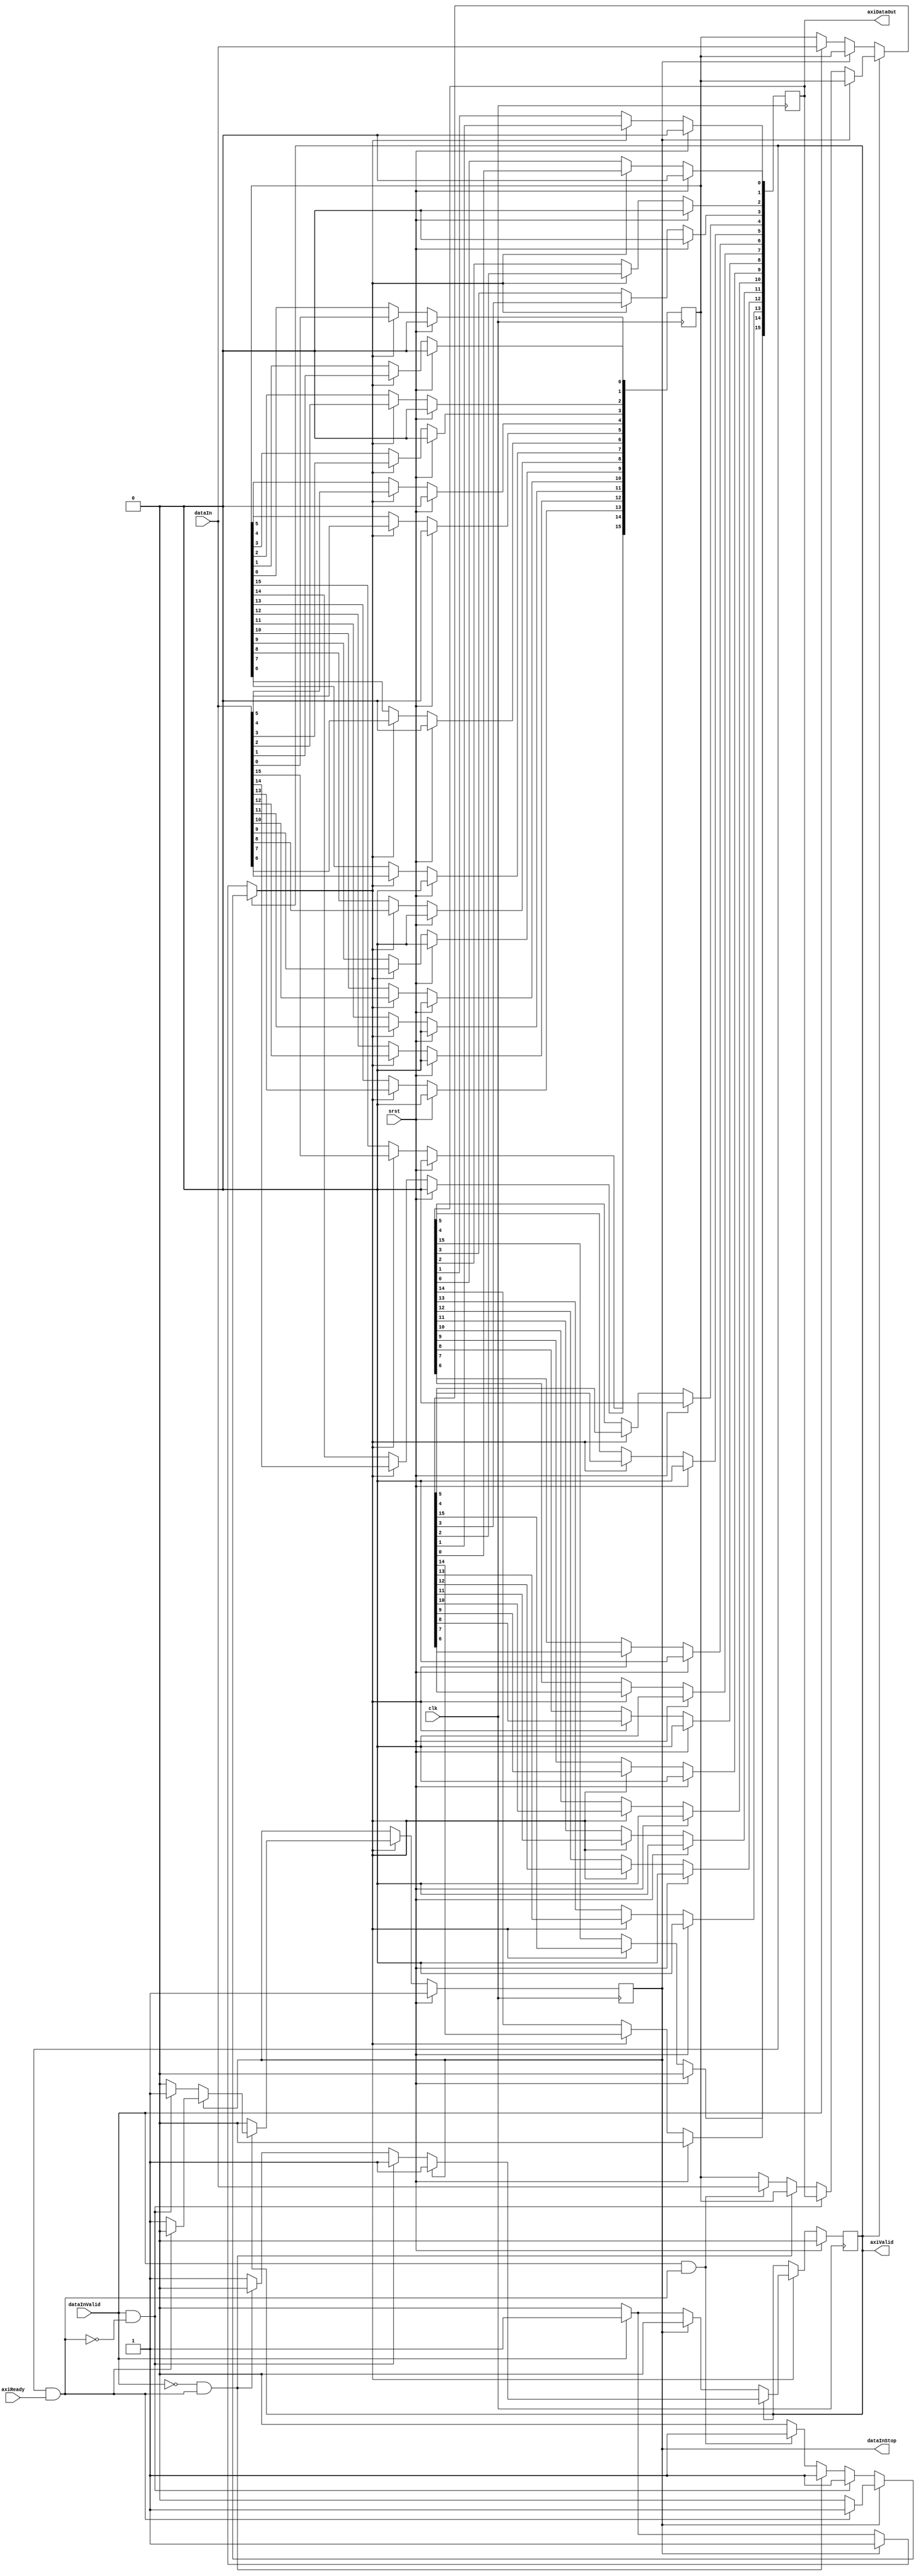
//
// Copyright 2017 ReconfigureIO
//
// Licensed under the Apache License, Version 2.0 (the "License");
// you may not use this file except in compliance with the License.
// You may obtain a copy of the License at
//
//     http://www.apache.org/licenses/LICENSE-2.0
//
// Unless required by applicable law or agreed to in writing, software
// distributed under the License is distributed on an "AS IS" BASIS,
// WITHOUT WARRANTIES OR CONDITIONS OF ANY KIND, either express or implied.
// See the License for the specific language governing permissions and
// limitations under the License.//
//

//
// Implementation of an AXI to SELF input buffer which conforms to the AXI
// requirements. Note that the AXI specification usually requires asynchronous
// resets, but a synchronous reset is used here to account for the fact that
// the reset signal is derived from the Donut action interface state machine.
// To minimise AXI bus logic, the FIFO buffer uses the W2R1 form.
//

`timescale 1ns/1ps

module smiAxiOutputBuffer
  (dataInValid, dataIn, dataInStop, axiValid, axiDataOut, axiReady,
  clk, srst);

// Specifes the width of the dataIn and dataOut ports.
parameter DataWidth = 16;

// Specifies the clock and active high asynchronous reset signals.
input clk;
input srst;

// Specifies the 'upstream' data input ports.
input  [DataWidth-1:0] dataIn;
input                  dataInValid;
output                 dataInStop;

// Specifies the 'downstream' AXI output ports.
output [DataWidth-1:0] axiDataOut;
output                 axiValid;
input                  axiReady;

// Define the FIFO state registers.
reg fifoReady_d;
reg fifoReady_q;
reg fifoFull_d;
reg fifoFull_q;

// Define the A and B data registers. Register B is the output register and
// register A is the input buffer register.
reg [DataWidth-1:0] dataRegA_d;
reg [DataWidth-1:0] dataRegA_q;
reg [DataWidth-1:0] dataRegB_d;
reg [DataWidth-1:0] dataRegB_q;

// Specifies the common clock enable.
reg clockEnable;

// Miscellaneous signals and variables.
integer i;
wire fifoPop;

// Implement combinatorial FIFO block.
always @(dataIn, dataInValid, fifoPop, dataRegA_q, dataRegB_q, fifoReady_q,
  fifoFull_q)
begin

  // Hold current state by default. The default behaviour for register A is
  // to load directly from the input and the default behaviour for register
  // B is to load the contents of register A.
  clockEnable = 1'b0;
  fifoReady_d = fifoReady_q;
  fifoFull_d = fifoFull_q;
  dataRegA_d = dataIn;
  dataRegB_d = dataRegA_q;

  // Clear stop on reset or push into empty FIFO.
  if (~fifoReady_q)
  begin
    if (fifoFull_q)
    begin
      clockEnable = 1'b1;
      fifoFull_d = 1'b0;
    end
    else if (dataInValid)
    begin
      clockEnable = 1'b1;
      fifoReady_d = 1'b1;
      dataRegB_d = dataIn;
    end
  end

  // Push, pop or push through single entry FIFO.
  else if (~fifoFull_q)
  begin
    if ((dataInValid) && (~fifoPop))
    begin
      clockEnable = 1'b1;
      fifoFull_d = 1'b1;
      dataRegB_d = dataRegB_q;
    end
    else if ((~dataInValid) && (fifoPop))
    begin
      clockEnable = 1'b1;
      fifoReady_d = 1'b0;
    end
    else if ((dataInValid) && (fifoPop))
    begin
      clockEnable = 1'b1;
      dataRegB_d = dataIn;
    end
  end

  // Pop from full FIFO, moving buffer register contents to output.
  else
  begin
    if (fifoPop)
    begin
      clockEnable = 1'b1;
      fifoFull_d = 1'b0;
    end
  end
end

// Implement sequential FIFO block.
always @(posedge clk)
begin
  if (srst)
  begin
    fifoReady_q <= 1'b0;
    fifoFull_q <= 1'b1;
    for (i = 0; i < DataWidth; i = i + 1)
    begin
      dataRegA_q[i] <= 1'b0;
      dataRegB_q[i] <= 1'b0;
    end
  end
  else if (clockEnable)
  begin
    fifoReady_q <= fifoReady_d;
    fifoFull_q <= fifoFull_d;
    dataRegA_q <= dataRegA_d;
    dataRegB_q <= dataRegB_d;
  end
end

// Derive the data output and control signals.
assign fifoPop = fifoReady_q & axiReady;
assign axiDataOut = dataRegB_q;
assign axiValid = fifoReady_q;
assign dataInStop = fifoFull_q;

endmodule